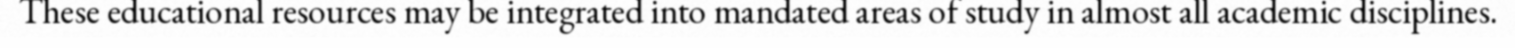
These educational resources may be integrated into mandated areas of study in almost all academic disciplines.